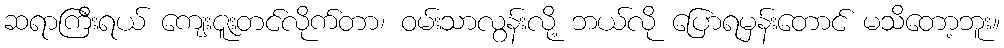
ဆရာကြီးရယ် ကျေးဇူးတင်လိုက်တာ၊ ဝမ်းသာလွန်းလို့ ဘယ်လို ပြောရမှန်းတောင် မသိတော့ဘူး။